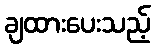
ချထားပေးသည့်